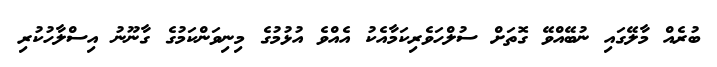
ބުރެއް މާލޭގައި ނުބޭއްވޭ ގޮތަށް ސުލްހަވެރިކަމާއެކު އެއްވެ އުޅުމުގެ މިނިވަންކަމުގެ ގާނޫނު އިސްލާހުކުރި